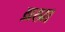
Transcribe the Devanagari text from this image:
ब्रह्म।